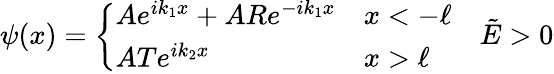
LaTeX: \psi(x)=\left\{ \begin{array}{ll}{Ae^{ik_{1}x}+ARe^{-ik_{1}x}}&{x<-\ell}\\ {ATe^{ik_{2}x}}&{x>\ell}\end{array}\right.\quad\tilde{E}>0